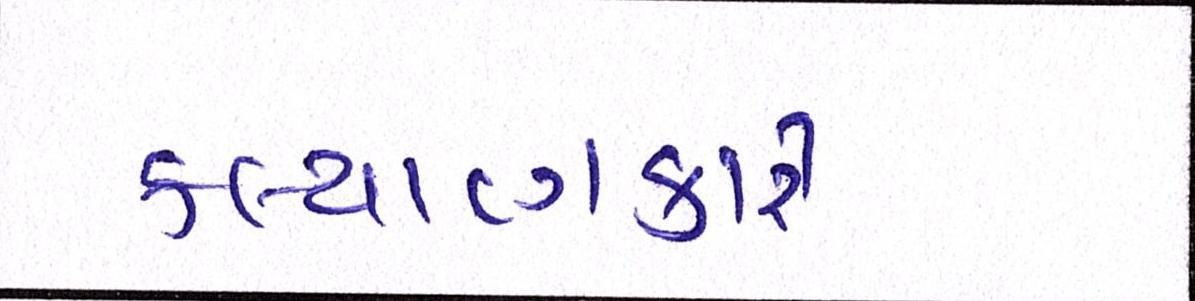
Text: કલ્યાણકારી